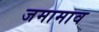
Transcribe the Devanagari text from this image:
जमामाव